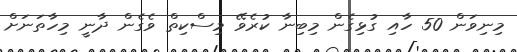
މިނިވަން 50 ހާއި ގުޅިގެން މިބިނާ ކުރެވޭ މިސްކިތް ވެގެން ދާނީ މިހާތަނަށް